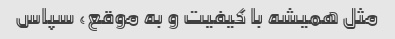
مثل همیشه با کیفیت و به موقع، سپاس